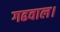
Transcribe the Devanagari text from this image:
गढवाल।